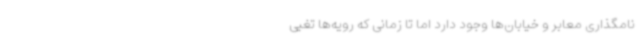
نامگذاری معابر و خیابان‌ها وجود دارد اما تا زمانی که رویه‌ها تغیی